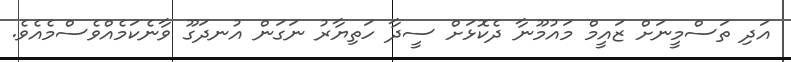
އަދި ތަސްމީނަށް ޒައީމް މައުމޫނާ ދެކޮޅަށް ސީދާ ހަތިޔާރު ނަގަން އުނދަގޫ ވާނެކަމެއްވެސްމެއެވެ.